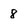
Character: 8